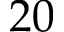
2 0